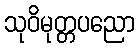
သုဝိမုတ္တပညော